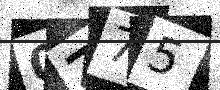
Text: 0Z75